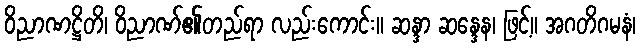
ဝိညာဏဋ္ဌိတိ၊ ဝိညာဏ်၏တည်ရာ လည်းကောင်း။ ဆန္ဒာ ဆန္ဒေန၊ ဖြင့်။ အဂတိဂမနံ၊